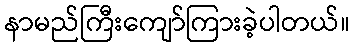
နာမည်ကြီးကျော်ကြားခဲ့ပါတယ်။